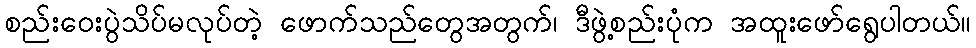
စည်းဝေးပွဲသိပ်မလုပ်တဲ့ ဖောက်သည်တွေအတွက်၊ ဒီဖွဲ့စည်းပုံက အထူးဖော်ရွေပါတယ်။